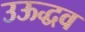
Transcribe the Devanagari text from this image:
उऊद्धव